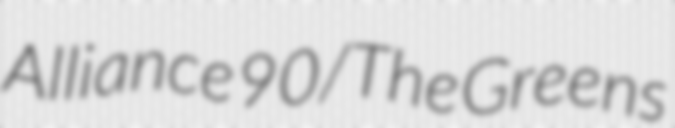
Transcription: Alliance 90/The Greens